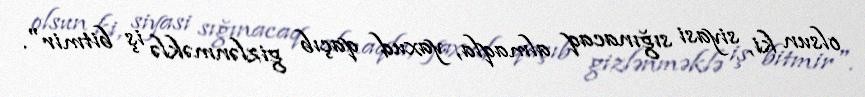
olsun ki, siyasi sığınacaq almaqla, yaxud qaçıb gizlənməklə iş bitmir".